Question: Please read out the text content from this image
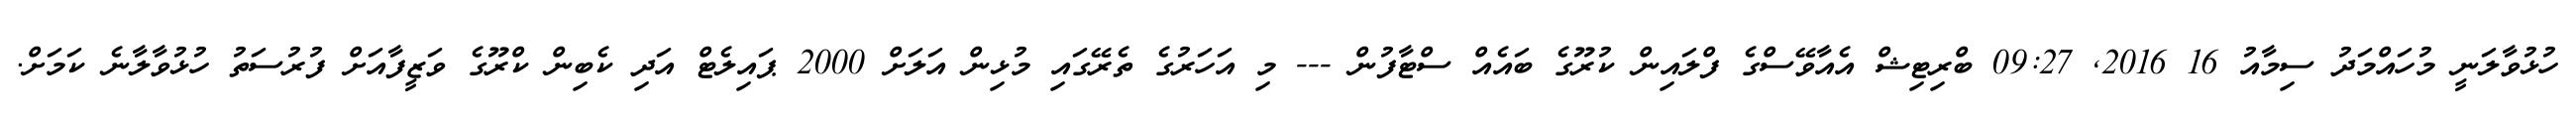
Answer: ހުޅުވާލަނީ މުހައްމަދު ސިމާއު 16 2016, 09:27 ބްރިޓިޝް އެއާވޭސްގެ ފްލައިން ކުރޫގެ ބައެއް ސްޓާފުން --- މި އަހަރުގެ ތެރޭގައި މުޅިން އަލަށް 2000 ޕައިލެޓް އަދި ކެބިން ކްރޫގެ ވަޒީފާއަށް ފުރުސަތު ހުޅުވާލާނެ ކަމަށް.